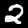
Digit: 2